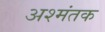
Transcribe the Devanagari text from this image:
अश्मंतक